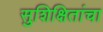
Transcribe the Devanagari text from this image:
सुशिक्षितांचा